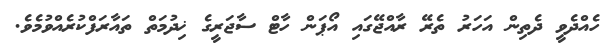
ހެއްދެވީ ދެތިން އަހަރު ތެރޭ ރާއްޖޭގައި އޯޕަން ހާޓް ސާޖަރީގެ ޚިދުމަތް ތައާރަފްކުރެއްވުމެވެ.